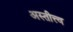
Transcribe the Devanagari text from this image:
अस्तीत्त्व